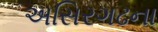
અસિરગઢના